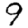
Digit: 9